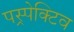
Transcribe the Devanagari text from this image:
पस्र्पेक्टिव